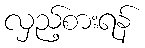
လှည့်စားရန်